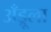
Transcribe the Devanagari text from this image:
अँड्रूला